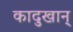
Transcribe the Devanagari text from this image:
कादुखान्